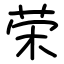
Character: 荣